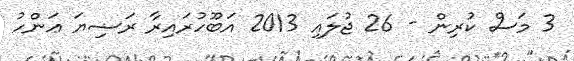
3 މަސް ކުރިން - 26 ޖުލައި 2013 އަބޫހުރައިރާ ރަޟިޔަ ޢަންހު